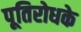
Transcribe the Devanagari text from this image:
पूतिरोधके